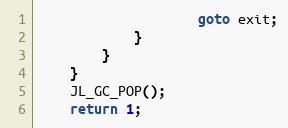
Language: C
                    goto exit;
            }
        }
    }
    JL_GC_POP();
    return 1;